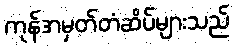
ကုန်အမှတ်တံဆိပ်များသည်